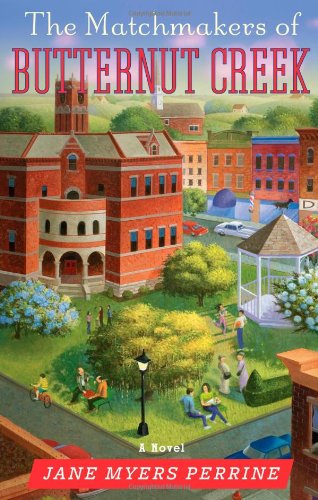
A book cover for The Matchmakers of Butternut Creek: A Novel; Jane Myers Perrine; Romance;